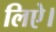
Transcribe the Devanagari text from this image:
लिऐ।